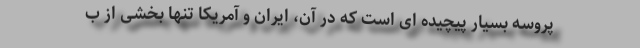
پروسه بسیار پیچیده ای است که در آن، ایران و آمریکا تنها بخشی از ب